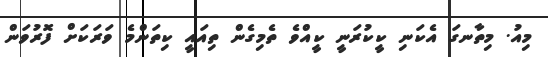
މިއު. މިތާނގަ އެކަނި ކީކުރަނީ ކީއްވެ ތެމިގެން ތިއައީ ކިތަންމެ ވަރަކަށް ފޮރުވަން